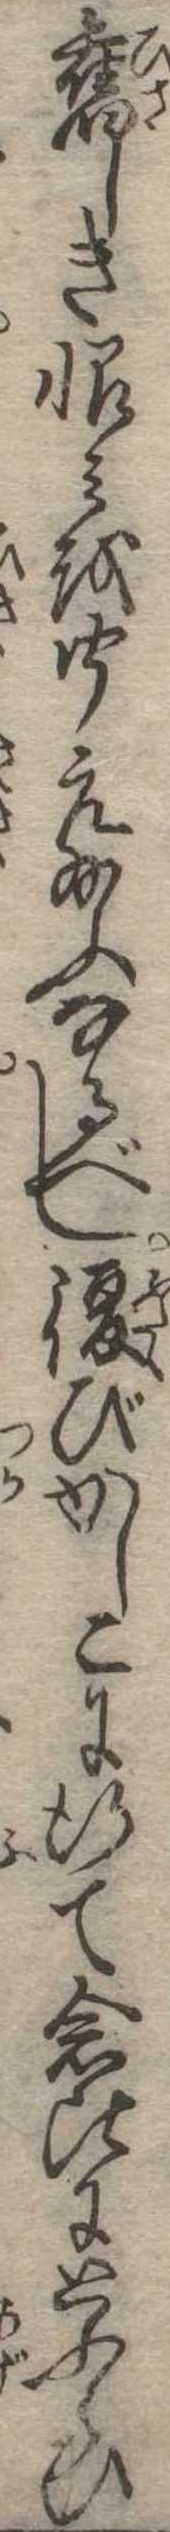
旧しき恨みを聞え給ふなるべし復びかしこに行て念比にとふらひ